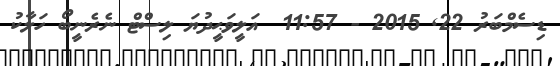
ޑިސެމްބަރު 22